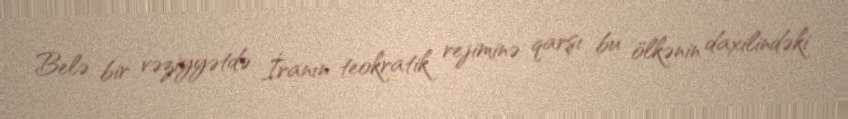
Belə bir vəziyyətdə İranın teokratik rejiminə qarşı bu ölkənin daxilindəki